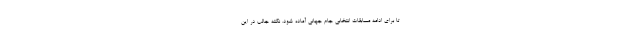
تا برای ادامه مسابقات انتخابی جام جهانی آماده شود. نکته جالب در این